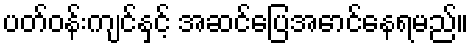
ပတ်ဝန်းကျင်နှင့် အဆင်ပြေအောင်နေရမည်။